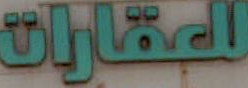
للعقارات